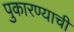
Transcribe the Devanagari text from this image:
पुकारण्याची